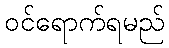
ဝင်ရောက်ရမည်